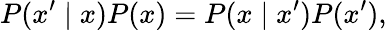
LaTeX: P(x^{\prime}\mid x)P(x)=P(x\mid x^{\prime})P(x^{\prime}),